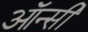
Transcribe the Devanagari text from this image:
ऑन्सी